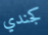
كجندي